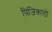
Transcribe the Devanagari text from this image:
पिजिकाटो